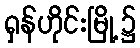
ရှန်ဟိုင်းမြို့၌